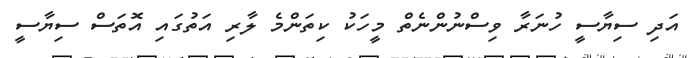
އަދި ސިޔާސީ ހުނަރާ ވިސްނުންނެތް މީހަކު ކިތަންމެ ލާރި އަތުގައި އޮތަސް ސިޔާސީ